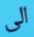
الى